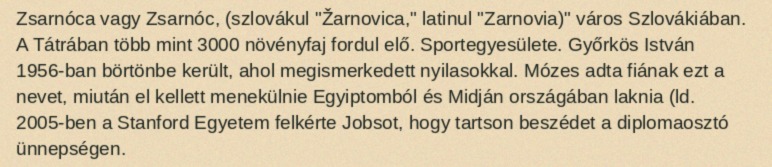
Zsarnóca vagy Zsarnóc, (szlovákul "Žarnovica," latinul "Zarnovia)" város Szlovákiában. A Tátrában több mint 3000 növényfaj fordul elő. Sportegyesülete. Győrkös István 1956-ban börtönbe került, ahol megismerkedett nyilasokkal. Mózes adta fiának ezt a nevet, miután el kellett menekülnie Egyiptomból és Midján országában laknia (ld. 2005-ben a Stanford Egyetem felkérte Jobsot, hogy tartson beszédet a diplomaosztó ünnepségen.